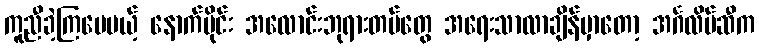
ကူညီခဲ့ကြပေမယ့် နောက်ပိုင်း အလောင်းဘုရားတပ်တွေ အရေးသာလာချိန်မှာတော့ အင်္ဂလိပ်ဆီက